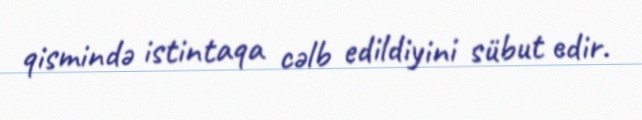
qismində istintaqa cəlb edildiyini sübut edir.